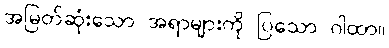
အမြတ်ဆုံးသော အရာများကို ပြသော ဂါထာ။